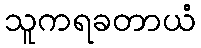
သူကရခတာယံ